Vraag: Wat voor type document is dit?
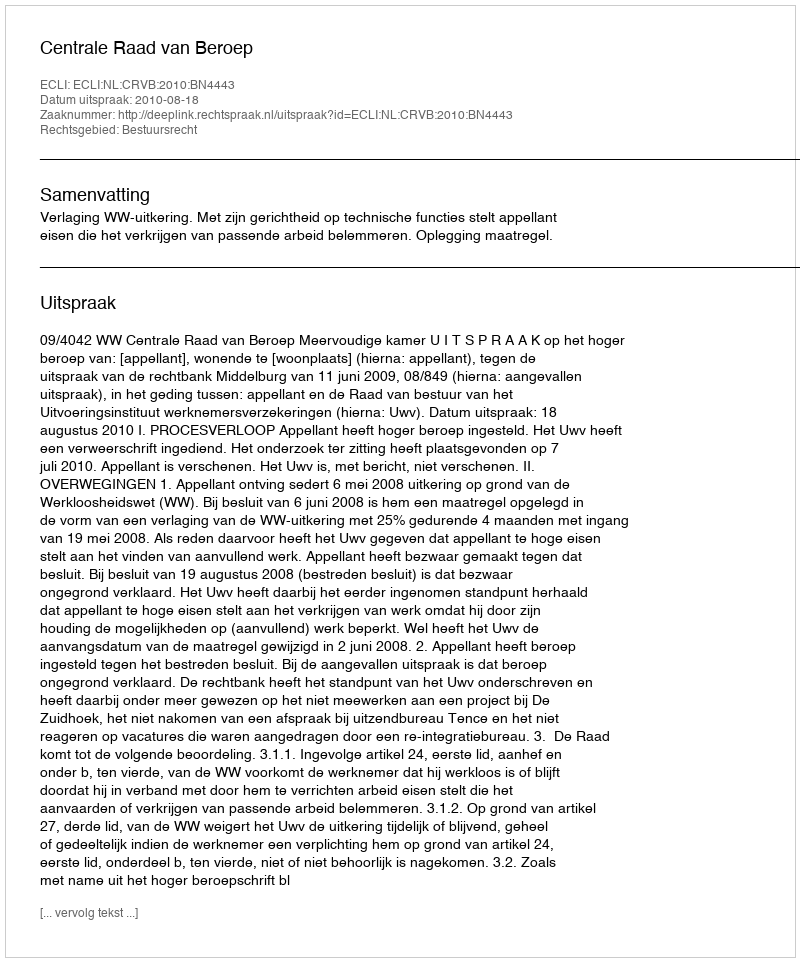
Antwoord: Uitspraak